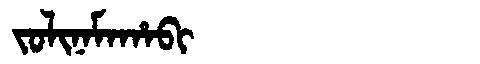
Manchu: ᠵᠣᠯᡳᠨᠠᠮᠠᡥᠠᠪᡳ
Romanization: JOLINAMAHABI